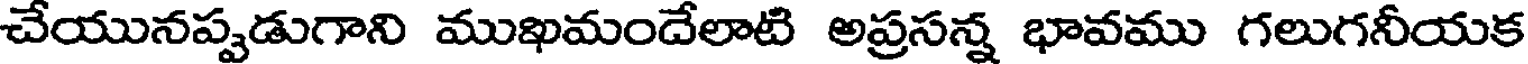
చేయునప్పడుగాని ముఖమందేలాటి అప్రసన్న భావము గలుగనీయక